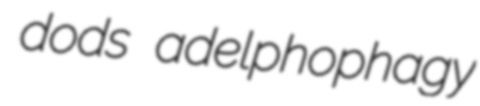
dods adelphophagy